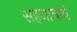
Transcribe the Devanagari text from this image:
सहजाचार्य